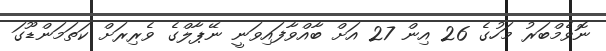
ނޮވެމްބަރު މަހުގެ 26 އިން 27 އަށް ބާއްވާފައިވަނީ ނޭޕާލްގެ ވެރިރަށް ކަތަމަންޑޫގަ